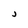
Character: j